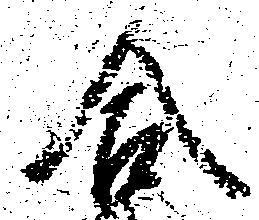
合